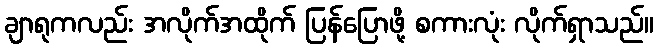
ချာရုကလည်း အလိုက်အထိုက် ပြန်ပြောဖို့ စကားလုံး လိုက်ရှာသည်။